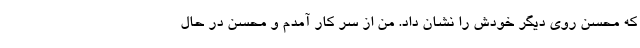
که محسن روی دیگر خودش را نشان داد. من از سر کار‌ آمدم و محسن در حال